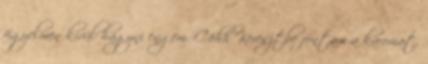
figyelmen kívül hagyni engem. Cöhh Keresztbe fontam a karomat,